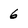
Character: 6